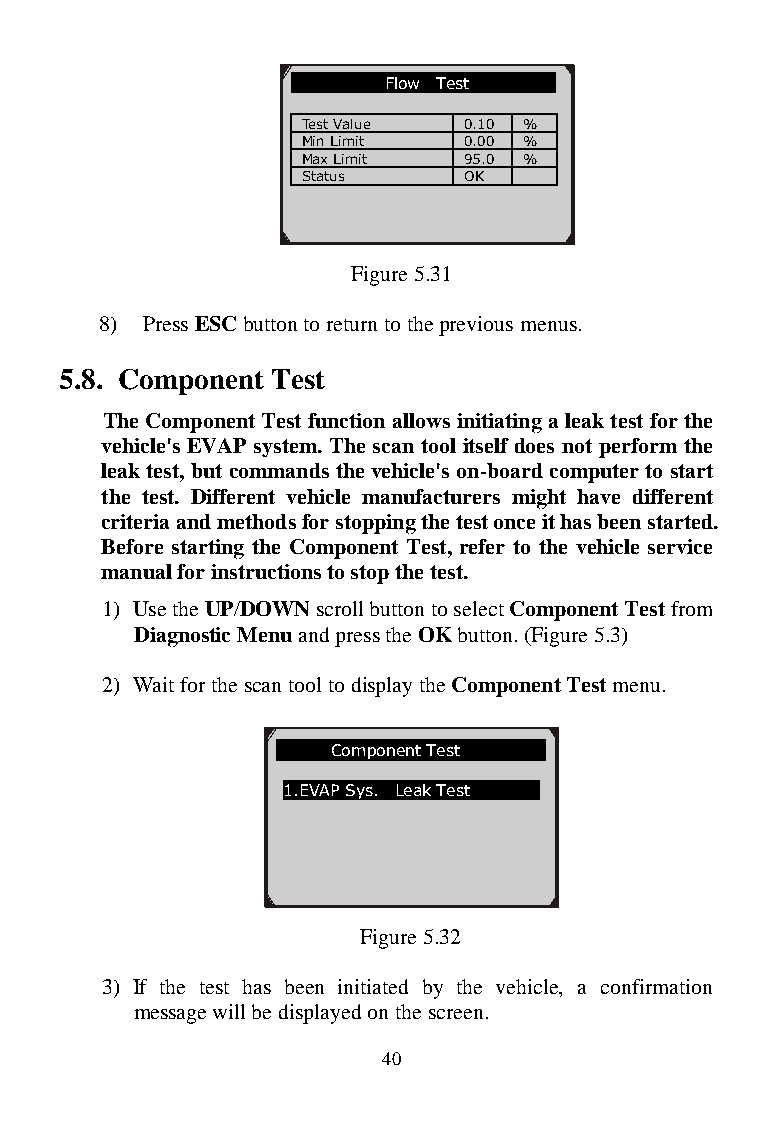
Flow Test
 Test Value 0.10 %
 Min Limit  0.00 %
 Max Limit  95.0 %
 Status     OK
 Figure 5.31
 8) Press ESC button to return to the previous menus.
 5.8. Component Test
 The Component Test function allows initiating a leak test for the
 vehicle's EVAP system. The scan tool itself does not perform the
 leak test, but commands the vehicle's on-board computer to start
 the test. Different vehicle manufacturers might have different
 criteria and methods for stopping the test once it has been started.
 Before starting the Component Test, refer to the vehicle service
 manual for instructions to stop the test.
 1) Use the UP/DOWN scroll button to select Component Test from
 Diagnostic Menu and press the OK button. (Figure 5.3)
 2) Wait for the scan tool to display the Component Test menu.
 Component Test
 1.EVAP Sys. Leak Test
 Figure 5.32
 3) If the test has been initiated by the vehicle, a confirmation
 message will be displayed on the screen.
 40